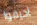
أحرقوا